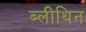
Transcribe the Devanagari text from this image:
ब्लीथिन